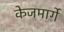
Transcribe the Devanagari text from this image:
केजमार्गे